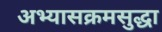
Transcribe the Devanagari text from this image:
अभ्यासक्रमसुद्धा